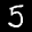
Label: 5